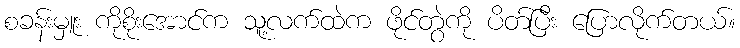
စခန်းမှူး ကိုစိုးအောင်က သူ့လက်ထဲက ဖိုင်တွဲကို ပိတ်ပြီး ပြောလိုက်တယ်။